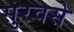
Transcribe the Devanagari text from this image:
सुरवसे